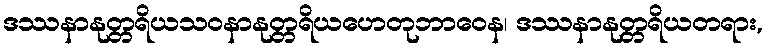
ဒဿနာနုတ္တရိယသဝနာနုတ္တရိယဟေတုဘာဝေန၊ ဒဿနာနုတ္တရိယတရား,